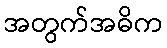
အတွက်အဓိက